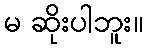
မ ဆိုးပါဘူး။